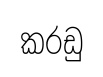
කරඩු